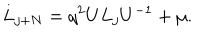
L _ { j + N } = q ^ { 2 } U L _ { j } U ^ { - 1 } + \mu .